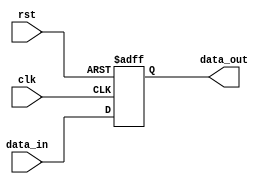
module Layer2(
		input				rst,//in 1
		input				clk,//in 1
		input		[19:0]	data_in,//in 20
		output	reg	[19:0]	data_out//out 20
		);
	always@(posedge clk or posedge rst)begin
		if(rst)begin
			data_out<=20'd0;
		end else begin
			data_out<=data_in;
		end
	end
endmodule